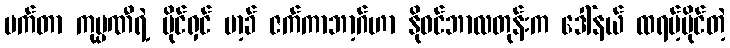
မက်တာ ကုမ္ပဏီရဲ့ ပိုင်ရှင် မာ့ခ် ဇက်ကာဘာ့ဂ်ဟာ နိုဝင်ဘာလတုန်းက ဒေါ်နယ် ထရမ့်ပိုင်တဲ့